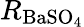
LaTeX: R_{\mathrm{{BaSO}_{4}}}